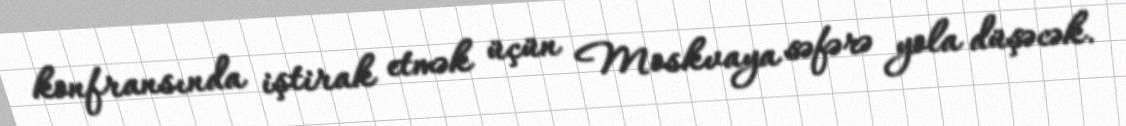
konfransında iştirak etmək üçün Moskvaya səfərə yola düşəcək.